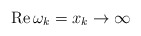
\begin{align*} {\rm Re}\, \omega_k = x_k \rightarrow \infty \end{align*}